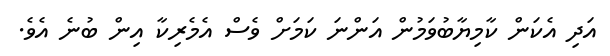
އަދި އެކަން ކާމިޔާބުވަމުން އަންނަ ކަމަށް ވެސް އެމެރިކާ އިން ބުނެ އެވެ.